Lunatic asylums Central Provinces reports 1895-1909 - 1895-1909
Year: 1895
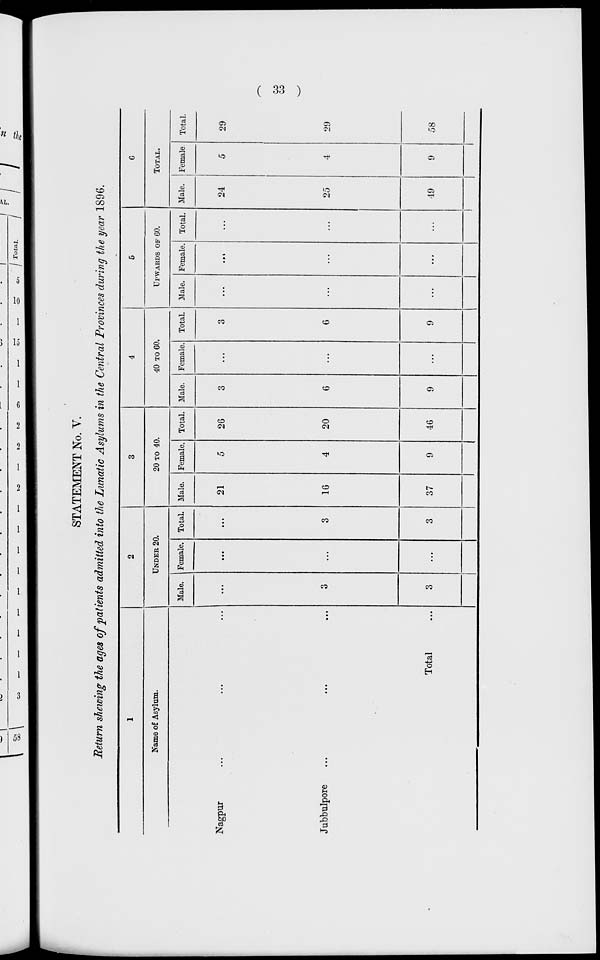
33
STATEMENT No. V.
Return shewing the ages of patients admitted into the Lunatic Asylums in the Central Provinces during the year 1896.
1
Name of Asylum.
Nagpur... ... ...
Jubbulpore... ... ...
Total...
2
UNDER 20.
Male.
...
3
3
Female.
...
...
...
Total.
...
3
3
3
20 TO 40.
Male.
21
16
37
Female.
5
4
9
Total.
26
20
46
4
40 TO 60.
Male.
3
6
9
Female.
...
...
...
Total.
3
6
9
5
UPWARDS OF 60.
Male.
...
...
...
Female.
...
...
...
Total.
...
...
...
6
TOTAL.
Male.
24
25
49
Female
5
4
9
Total.
29
29
58